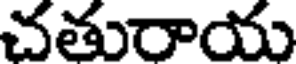
చతురాయ